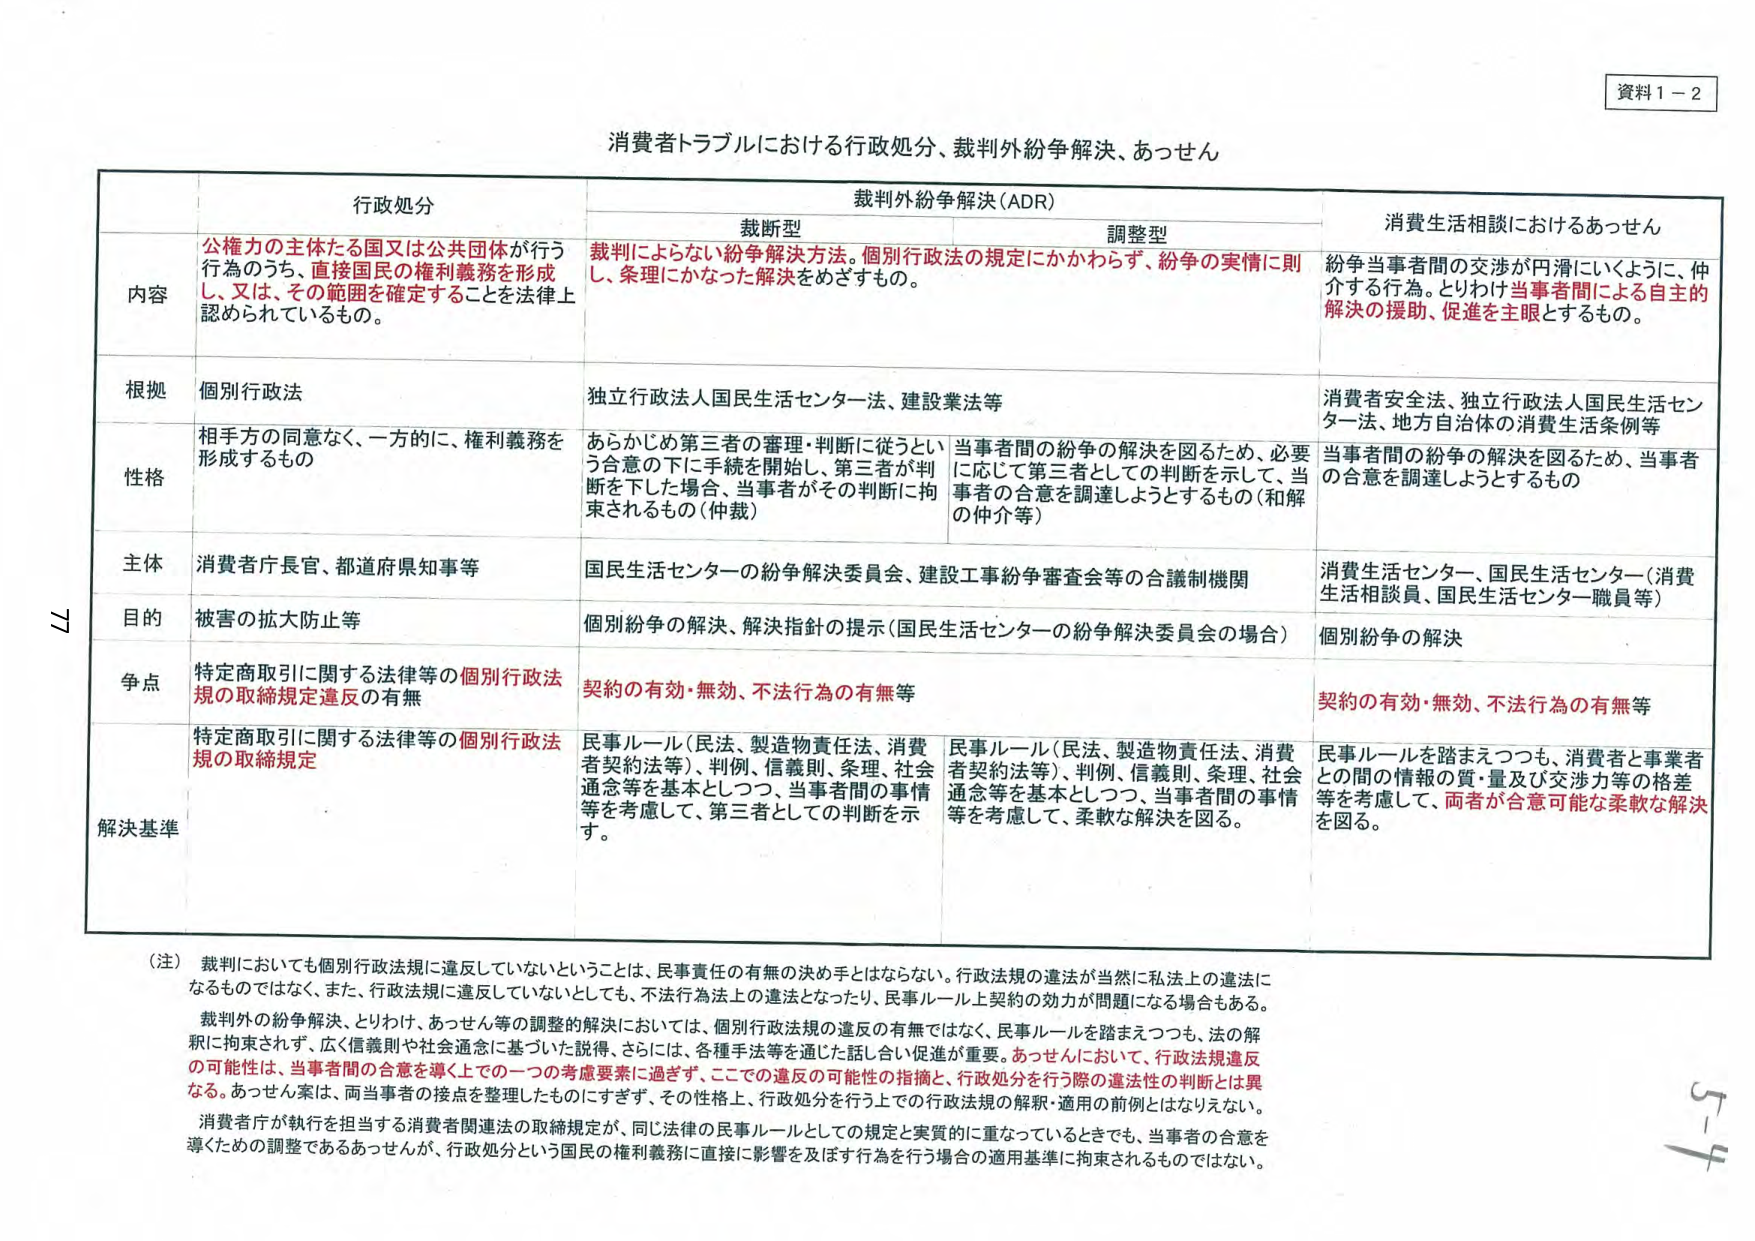
資料１－２

消費者トラブルにおける行政処分、裁判外紛争解決、あっせん

行政処分